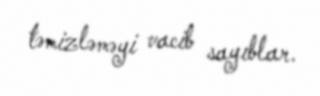
təmizləməyi vacib sayıblar.